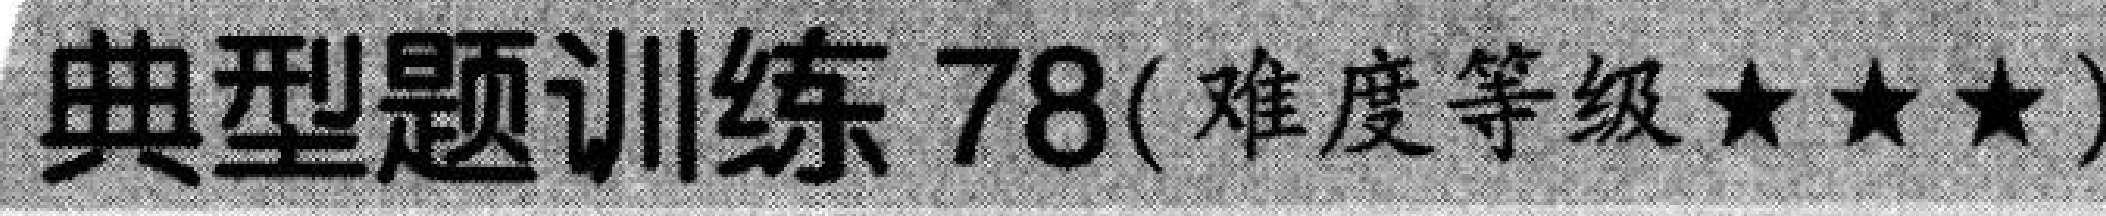
典型题训练\(78\)( 难度等级\(\star\star\star\))